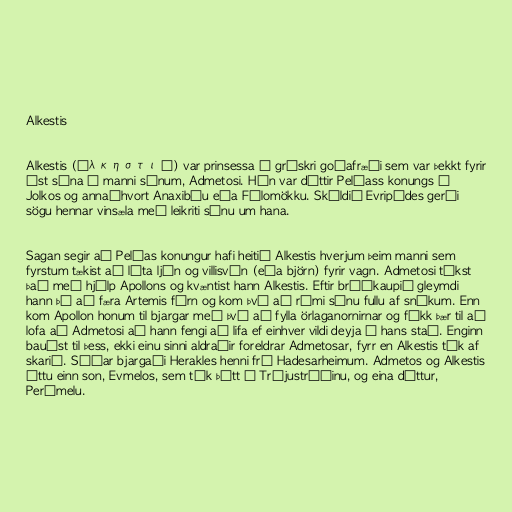
Alkestis

Alkestis (Ἄλκηστις) var prinsessa í grískri goðafræði sem var þekkt fyrir
ást sína á manni sínum, Admetosi. Hún var dóttir Pelíass konungs í
Jolkos og annaðhvort Anaxibíu eða Fýlomökku. Skáldið Evripídes gerði
sögu hennar vinsæla með leikriti sínu um hana.

Sagan segir að Pelías konungur hafi heitið Alkestis hverjum þeim manni sem
fyrstum tækist að láta ljón og villisvín (eða björn) fyrir vagn. Admetosi tókst
það með hjálp Apollons og kvæntist hann Alkestis. Eftir brúðkaupið gleymdi
hann þó að færa Artemis fórn og kom því að rúmi sínu fullu af snákum. Enn
kom Apollon honum til bjargar með því að fylla örlaganornirnar og fékk þær til að
lofa að Admetosi að hann fengi að lifa ef einhver vildi deyja í hans stað. Enginn
bauðst til þess, ekki einu sinni aldraðir foreldrar Admetosar, fyrr en Alkestis tók af
skarið. Síðar bjargaði Herakles henni frá Hadesarheimum. Admetos og Alkestis
áttu einn son, Evmelos, sem tók þátt í Trójustríðinu, og eina dóttur,
Perímelu.